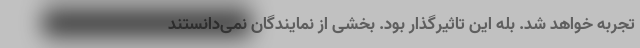
تجربه خواهد شد. بله این تاثیرگذار بود. بخشی از نمایندگان نمی‌دانستند